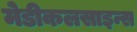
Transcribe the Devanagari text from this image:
मेडीकलसाइन्स